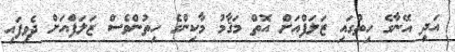
އަދި އޭނާގެ ހިތުގައި ޒަލަފްއަށް އޮތް މަޤާމު މާކިންގެ ހިތުންވެސް ޒަލަފްއަށް ދެވިފައި